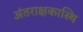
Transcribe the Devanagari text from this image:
अंतराक्षकास्थि